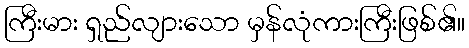
ကြီးမား ရှည်လျားသော မှန်လုံကားကြီးဖြစ်၏။